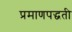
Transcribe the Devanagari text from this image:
प्रमाणपद्धती